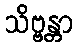
သိဗ္ဗန္တာ